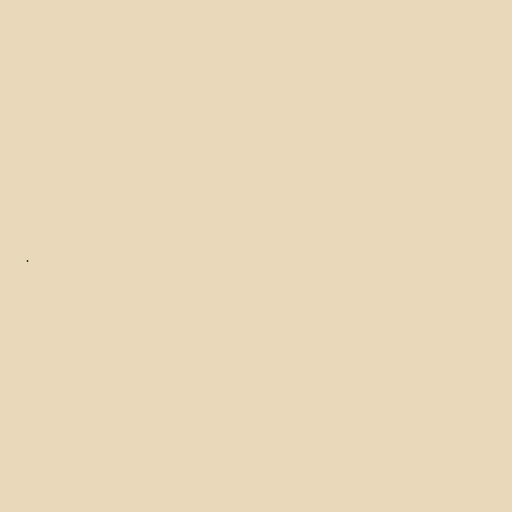
.